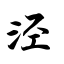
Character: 泾